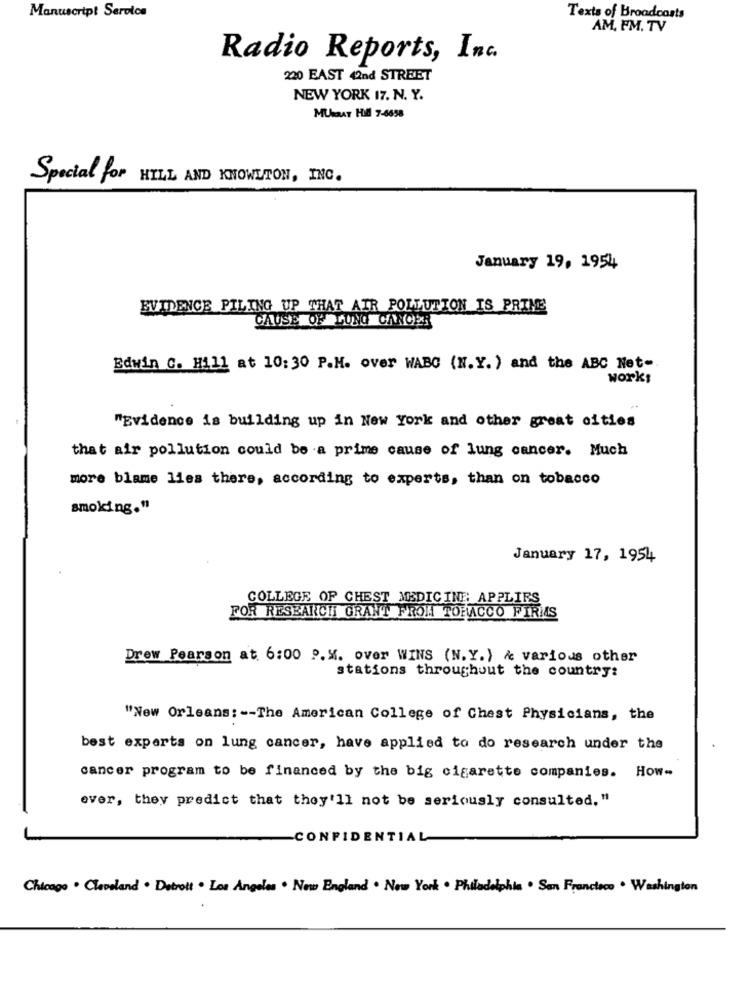
Manuscript Serolcs
Texts of Broadcasts
AM, FM. TV
Radio Reports, Inc.
220 EAST 42nd STREET
NEW YORK 17. N. Y.
MURRAY HIM 7-6658
Special for
HILL AND KNOWLTON, INC.
January 19, 1954
EVIDENCE PILING UP THAT AIR POLLUTION IS PRIME
CAUSE OF LUNG CANCER
Edwin C. Hill at 10: 30 P.M. over WABG (N.Y. ) and the ABC Net-
works
"Evidence is building up in New York and other great cities
that air pollution could be a prime cause of lung cancer. Much
more blame lies there, according to experts, than on tobacco
smoking."
January 17, 1954
COLLEGE OF CHEST MEDICINE APPLIES
FOR RESEARCHI GRANT FROM TOFACCO FIRMS
Drew Pearson at 6:00 P.M. over WINS (N. Y. ) & various other
stations throughout the country:
"New Orleans: -- The American College of Chest Physicians, the
best experts on lung cancer, have applied to do research under the
cancer program to be financed by the big cigarette companies. How-
ever, they predict that they'll not be seriously consulted, "
-CONFIDENTIAL
Chicago . Cleveland . Detrott . Los Angeles . New England . New York . Philadelphia . San Francisco . Washington